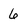
Character: 6